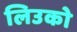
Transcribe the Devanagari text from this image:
लिउको